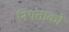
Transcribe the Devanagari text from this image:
नियंताकों